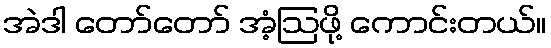
အဲဒါ တော်တော် အံ့ဩဖို့ ကောင်းတယ်။